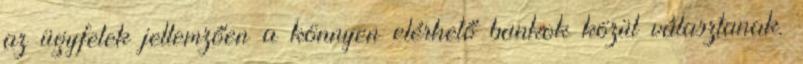
az ügyfelek jellemzően a könnyen elérhető bankok közül választanak.